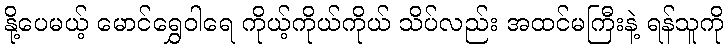
နို့ပေမယ့် မောင်ရွှေဝါရေ ကိုယ့်ကိုယ်ကိုယ် သိပ်လည်း အထင်မကြီးနဲ့ ရန်သူကို